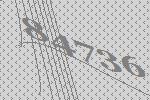
84736